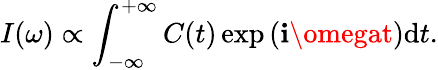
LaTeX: I(\omega)\propto\int_{-\infty}^{+\infty}C(t)\exp{(\mathbf{i}\omegat)}\mathrm{{d}}t.